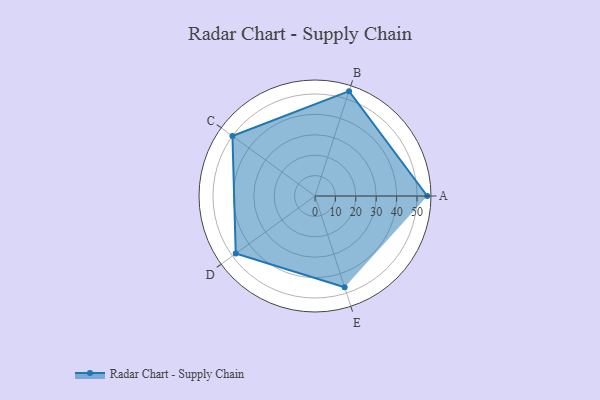
{"axis": {"x": "Skill", "y": "Score"}, "legend": ["Profile"], "data": [{"x": "A", "y": 55.0, "type": "Profile"}, {"x": "B", "y": 54.0, "type": "Profile"}, {"x": "C", "y": 50.0, "type": "Profile"}, {"x": "D", "y": 48.0, "type": "Profile"}, {"x": "E", "y": 47.0, "type": "Profile"}]}